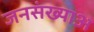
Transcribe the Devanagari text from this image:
जनसंख्याअ